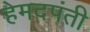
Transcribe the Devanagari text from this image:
हेमदपंती